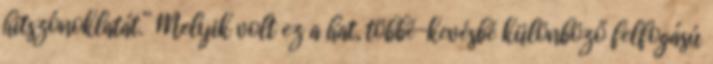
hitszónoklatát.” Melyik volt ez a hat, többé-kevésbé különböző felfogású